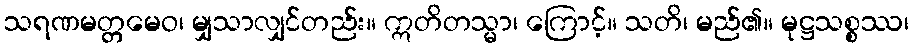
သရဏမတ္တမေဝ၊ မျှသာလျှင်တည်း။ ဣတိတသ္မာ၊ ကြောင့်။ သတိ၊ မည်၏။ မုဋ္ဌသစ္စဿ၊